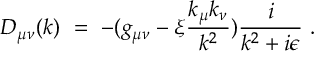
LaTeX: D _ { \mu \nu } ( k ) \ = \ - ( g _ { \mu \nu } - \xi \frac { k _ { \mu } k _ { \nu } } { k ^ { 2 } } ) \frac { i } { k ^ { 2 } + i \epsilon } \ .